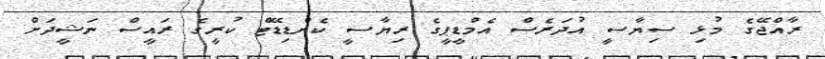
ރާއްޖޭގެ މުޅި ސިޔާސީ އުދަރެސް އެމްޑީޕީގެ ރިޔާސީ ކެންޑިޑޭޓް ކުރީގެ ރައީސް ނަޝީދަށް